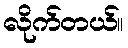
လိုက်တယ်။